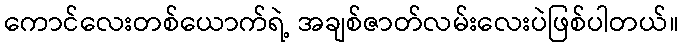
ကောင်လေးတစ်ယောက်ရဲ့ အချစ်ဇာတ်လမ်းလေးပဲဖြစ်ပါတယ်။